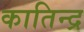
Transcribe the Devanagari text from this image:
कातिन्द्र